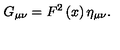
G _ { \mu \nu } = F ^ { 2 } \left( x \right) \eta _ { \mu \nu } .